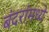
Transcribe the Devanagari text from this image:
बंदरांमध्ये